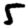
Digit: 5